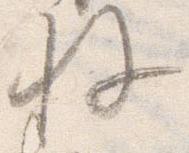
拝